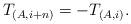
LaTeX: \begin{align*}T_{(A,i+n)}=-T_{(A,i)}. \end{align*}